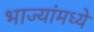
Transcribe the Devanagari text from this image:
भाज्यांमध्ये